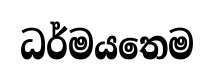
ධර්මයතෙම